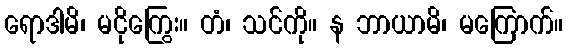
ရောဒါမိ၊ မငိုကြွေး။ တံ၊ သင်ကို။ န ဘာယာမိ၊ မကြောက်။